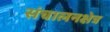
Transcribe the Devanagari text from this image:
संचालनक्षेत्र